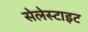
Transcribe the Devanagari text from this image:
सेलेस्टाइट